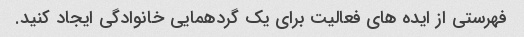
فهرستی از ایده های فعالیت برای یک گردهمایی خانوادگی ایجاد کنید.